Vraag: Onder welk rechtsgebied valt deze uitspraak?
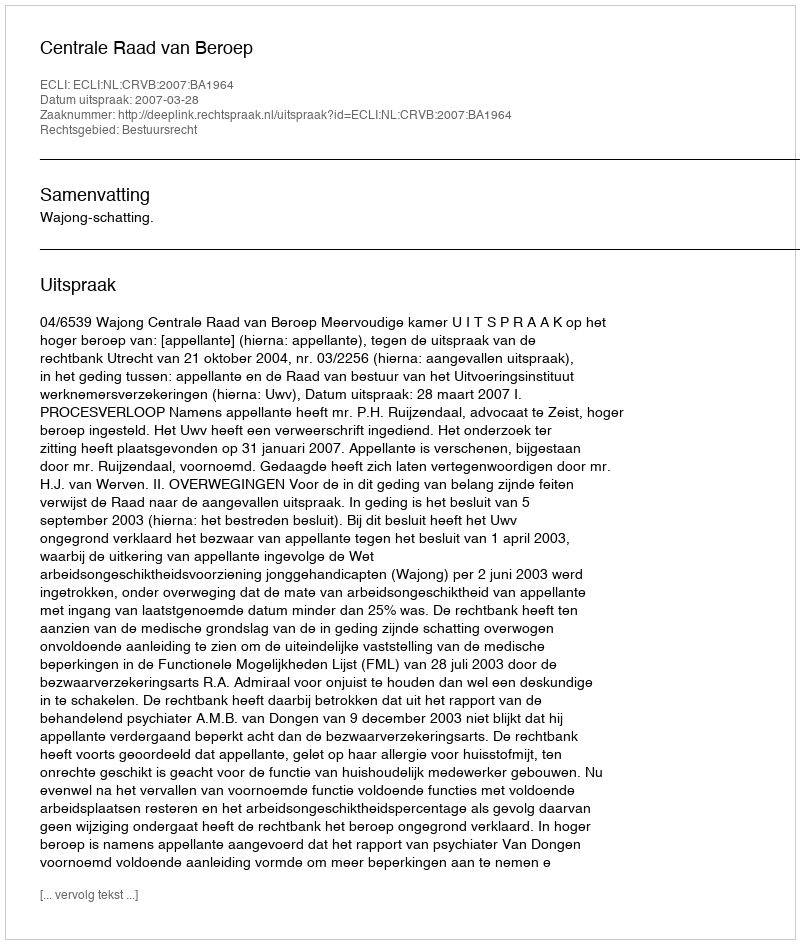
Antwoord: Bestuursrecht